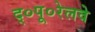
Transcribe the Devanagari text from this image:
द्०पू०रेलवे